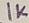
Text: 1K